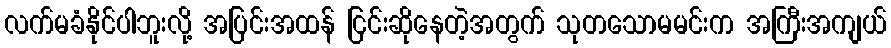
လက်မခံနိုင်ပါဘူးလို့ အပြင်းအထန် ငြင်းဆိုနေတဲ့အတွက် သုတသောမမင်းက အကြီးအကျယ်